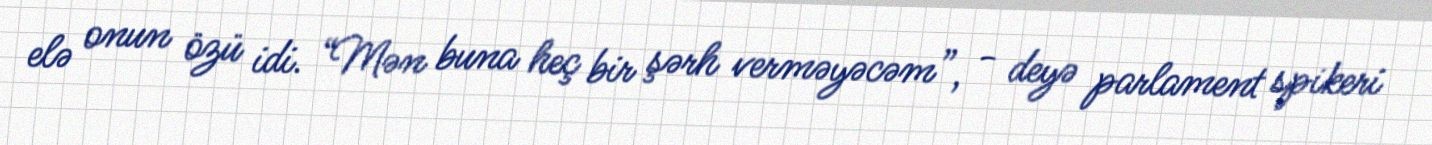
elə onun özü idi. “Mən buna heç bir şərh verməyəcəm”, - deyə parlament spikeri